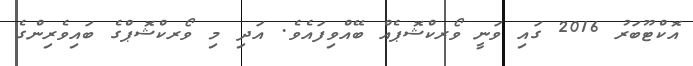
އޮކްޓޫބަރު 2016 ގައި ވަނީ ވޯރކްޝޮޕެއް ބޭއްވިފައެވެ. އަދި މި ވޯރކްޝޮޕްގެ ބައިވެރިންގެ